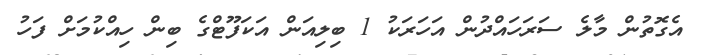
އެގޮތުން މާލެ ސަރަހައްދުން އަހަރަކު 1 ބިލިއަން އަކަފޫޓްގެ ބިން ހިއްކުމަށް ފަހު